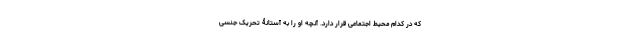
که در کدام محیط اجتماعی قرار دارد. آنچه او را به آستانۀ تحریک جنسی